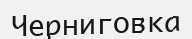
Черниговка